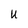
Character: U